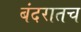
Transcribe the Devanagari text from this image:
बंदरातच